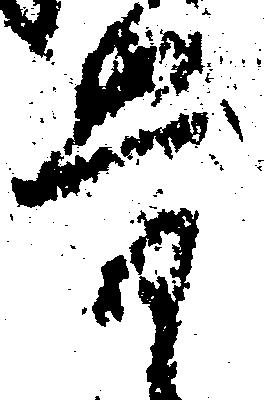
骨